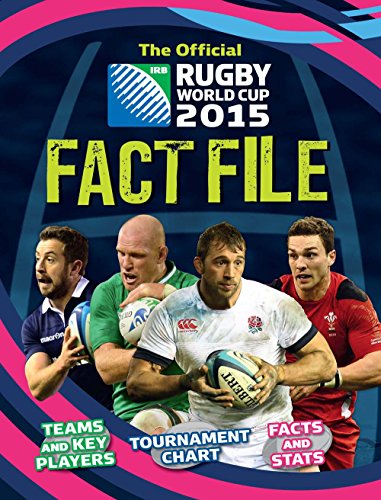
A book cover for The Official IRB Rugby World Cup 2015 Fact File; Clive Gifford; Sports & Outdoors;